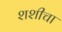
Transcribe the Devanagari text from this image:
शशीचा